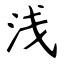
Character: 浅